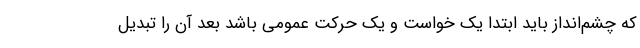
که چشم‌انداز باید ابتدا یک خواست و یک حرکت عمومی باشد بعد آن را تبدیل